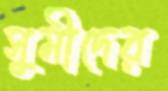
সুমীদের